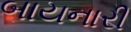
બાયનારી